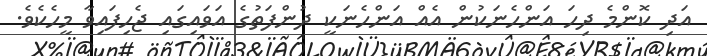
އަދި ކޮންމެ ދިހަ އަންހެނަކުން އެއް އަންހެނަކީ ދުންފަތުގެ އަވައިގައި ޖެހިފައިވާ މީހެކެވެ.